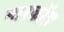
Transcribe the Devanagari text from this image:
मारकॉस